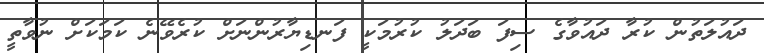
ދައުލަތުން ކުރާ ދައުވާގެ ސިފަ ބަދަލު ކުރުމަކީ ފަނޑިޔާރުންނަށް ކުރެވޭނެ ކަމަކަށް ނުވާތީ